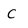
Character: C